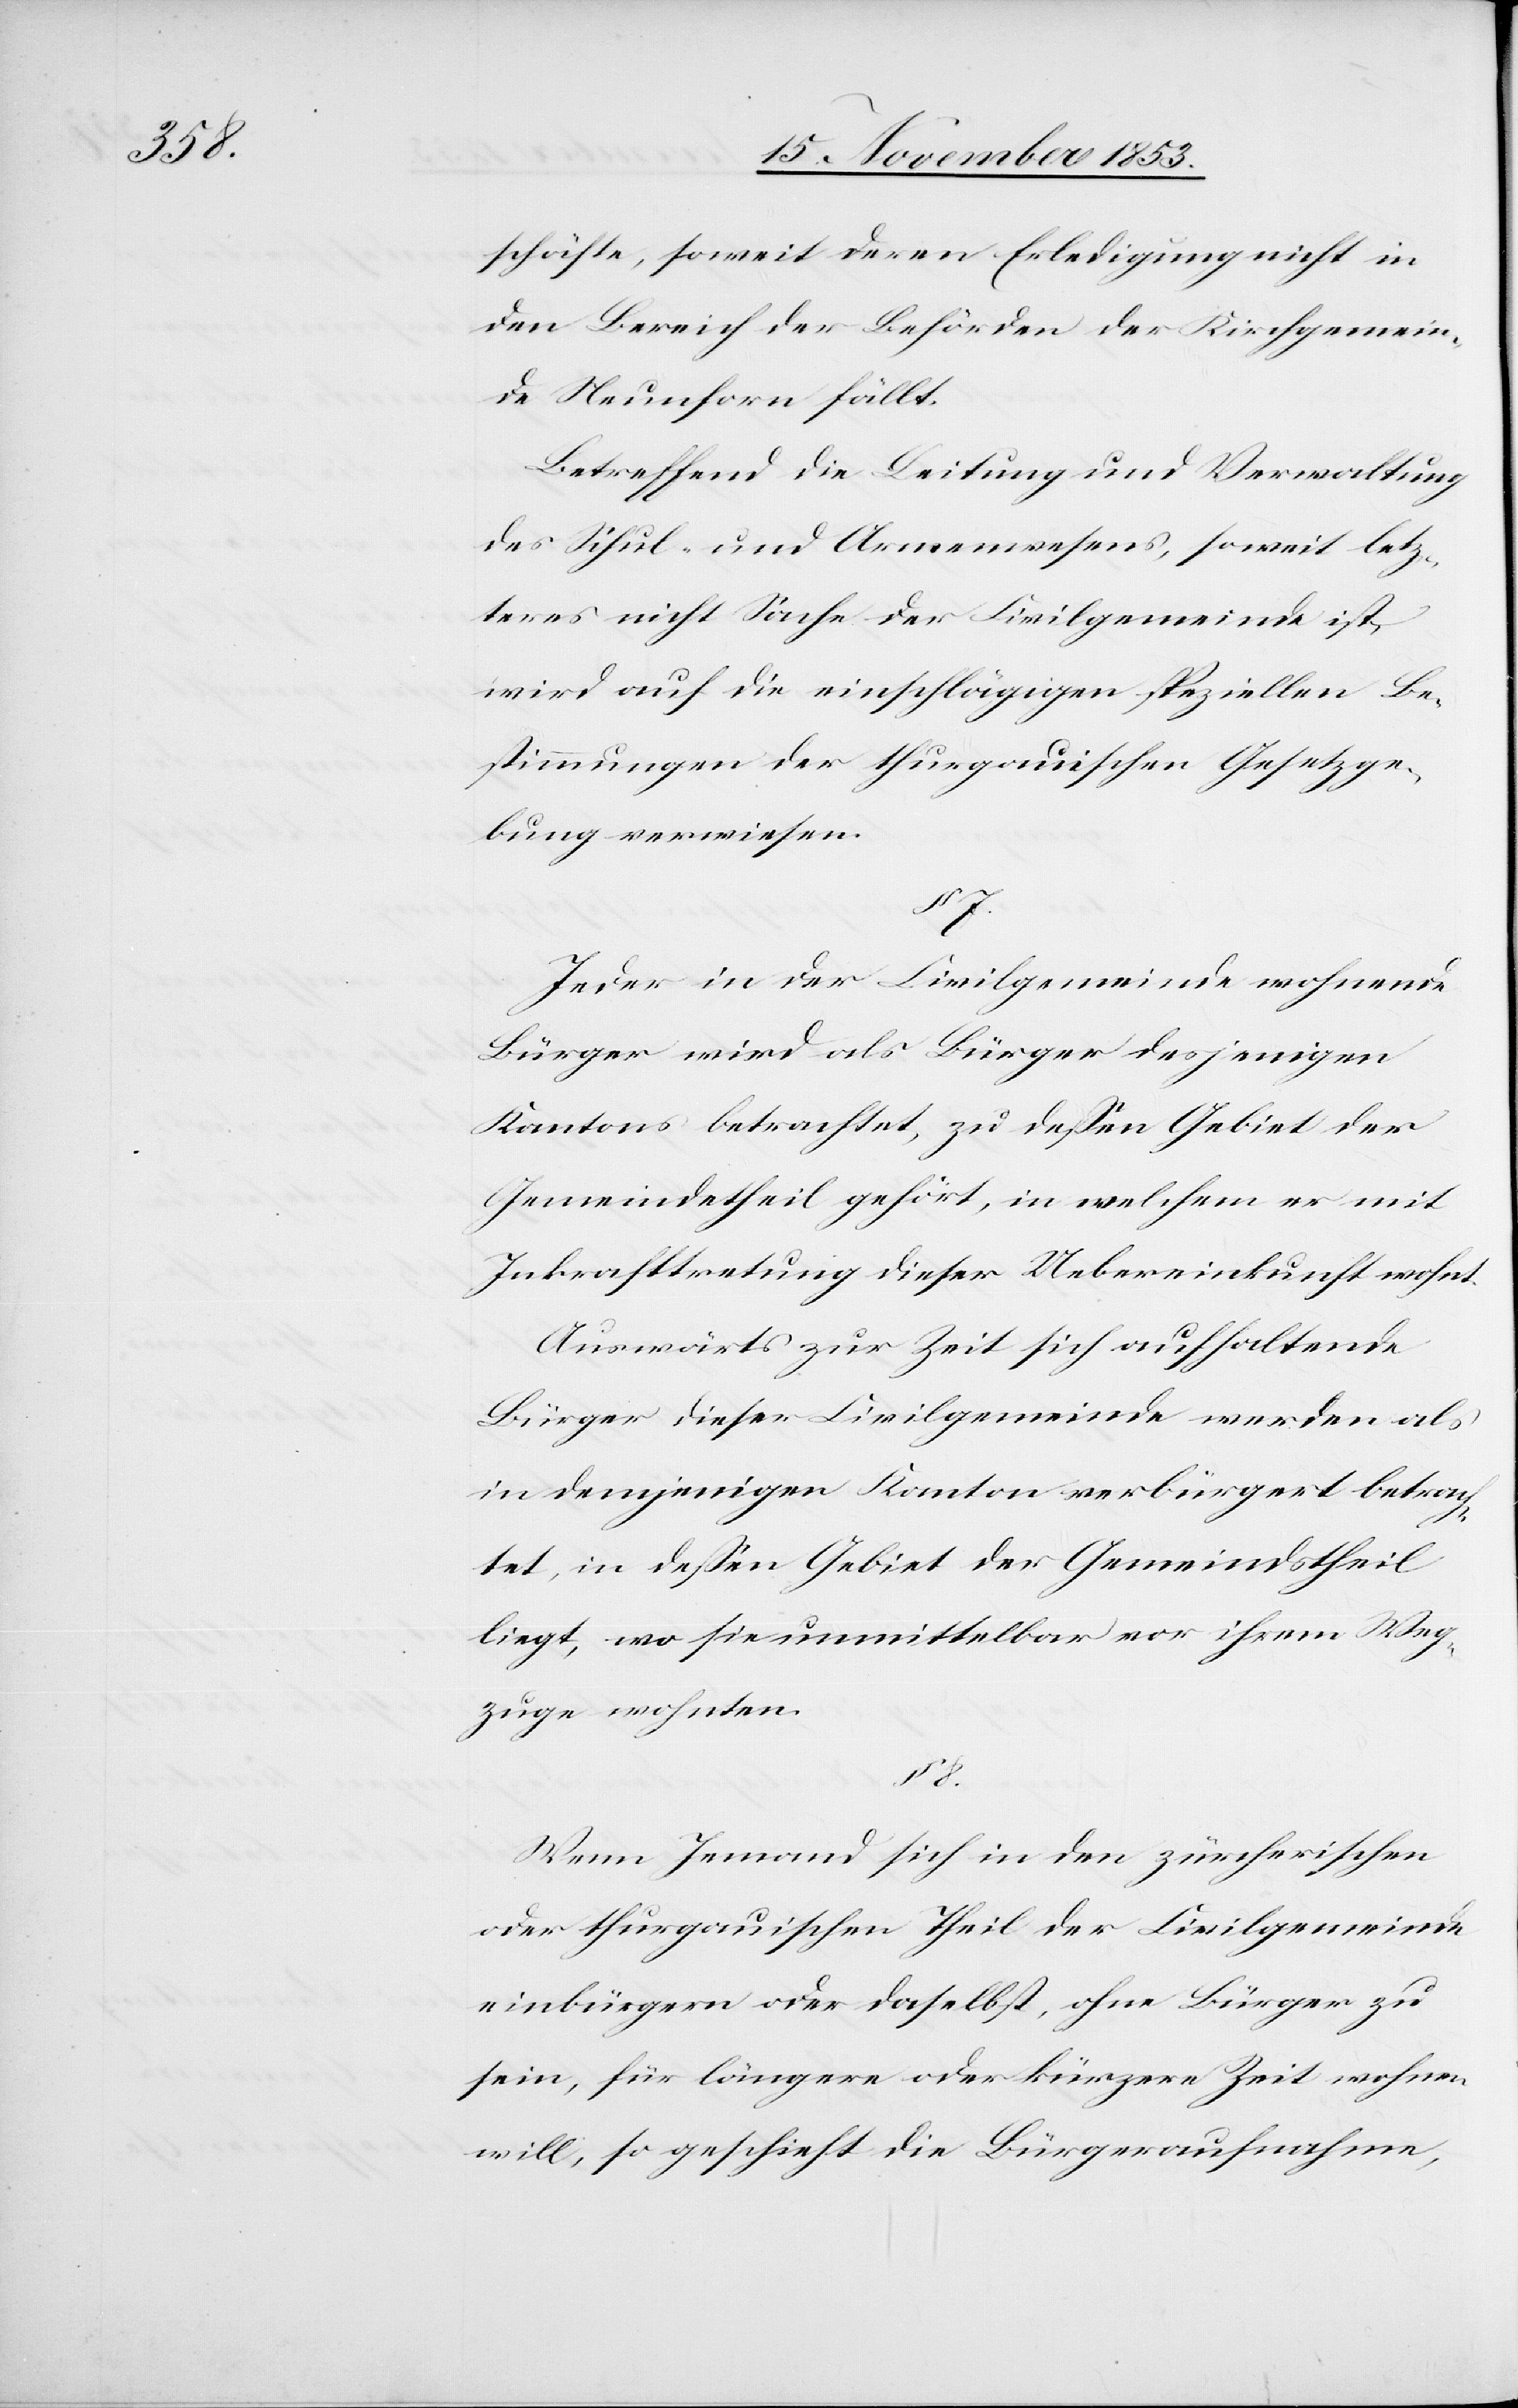
§ 8.

schäfte, soweit deren Erledigung nicht in
den Bereich der Behörden der Kirchgemein¬
de Neunforn fällt.
Betreffend die Leitung und Verwaltung
des Schul- und Armenwesens, soweit letz¬
teres nicht Sache der Civilgemeinde ist,
wird auf die einschlägigen speziellen Be¬
stimmungen der thurgauischen Gesetzge¬
bung verwiesen.
§ 7.
Jeder in der Civilgemeinde wohnende
Bürger wird als Bürger desjenigen
Kantons betrachtet, zu deßen Gebiet der
Gemeindetheil gehört, in welchem er mit
Inkrafttretung dieser Uebereinkunft wohnt.
Auswärts zur Zeit sich aufhaltende
Bürger dieser Civilgemeinde werden als
in demjenigen Kanton verbürgert betrach¬
tet, in deßen Gebiet der Gemeindstheil
liegt, wo sie unmittelbar von ihrem Weg¬
zuge wohnten.
Wenn Jemand sich in den zürcherischen
oder thurgauischen Theil der Civilgemeinde
einbürgern oder daselbst, ohne Bürger zu
sein, für längere oder kürzere Zeit wohnen
will, so geschieht die Bürgeraufnahme,